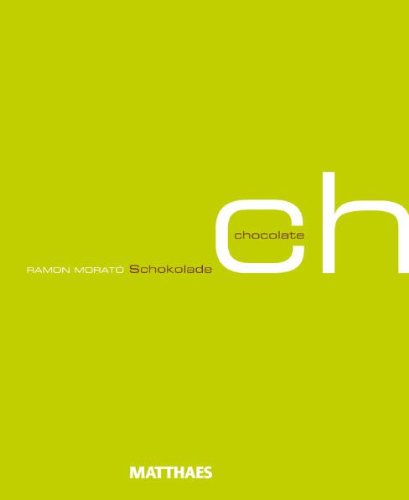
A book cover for Chocolate; Cookbooks, Food & Wine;